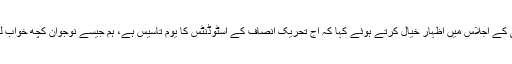
تفصیلات کے مطابق وفاقی وزیر مواصلات مراد سعید نے قومی اسمبلی کے اجلاس میں اظہار خیال کرتے ہوئے کہا کہ آج تحریک انصاف کے اسٹوڈنٹس کا یوم تاسیس ہے، ہم جیسے نوجوان کچھ خواب لے کر سیاست میں آئے، دو نہیں ایک پاکستان نعرہ نہیں ہمارا ایمان ہے۔